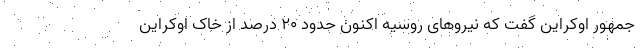
جمهور اوکراین گفت که نیروهای روسیه اکنون حدود ۲۰ درصد از خاک اوکراین